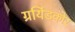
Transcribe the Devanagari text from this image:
ग्रयिंडकोर